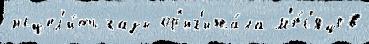
исцел'и́ть газы ор'иг'ина́ла м'е́с'яцев